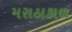
મરાઠાકાળ